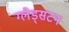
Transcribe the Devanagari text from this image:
ग्लैड्सटन